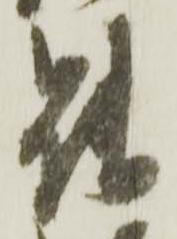
能